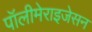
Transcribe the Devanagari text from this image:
पॉलीमेराइजेसन